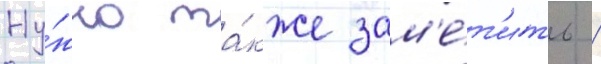
Ну́жно та́кже зам'е́т'ить /